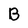
Character: B